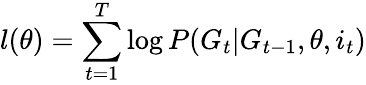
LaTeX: l(\theta)=\sum_{t=1}^{T}\log P(G_{t}|G_{t-1},\theta,i_{t})